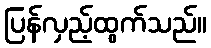
ပြန်လှည့်ထွက်သည်။